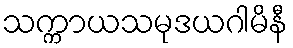
သက္ကာယသမုဒယဂါမိနီ